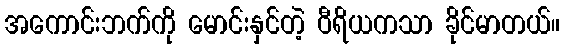
အကောင်းဘက်ကို မောင်းနှင်တဲ့ ဝီရိယကသာ ခိုင်မာတယ်။